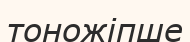
тоножіпше